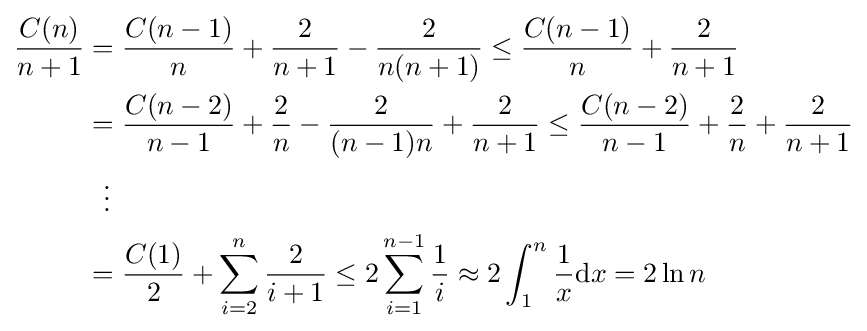
{\begin{aligned}{\frac {C(n)}{n+1}}&={\frac {C(n-1)}{n}}+{\frac {2}{n+1}}-{\frac {2}{n(n+1)}}\leq {\frac {C(n-1)}{n}}+{\frac {2}{n+1}}\\&={\frac {C(n-2)}{n-1}}+{\frac {2}{n}}-{\frac {2}{(n-1)n}}+{\frac {2}{n+1}}\leq {\frac {C(n-2)}{n-1}}+{\frac {2}{n}}+{\frac {2}{n+1}}\\&\ \ \vdots \\&={\frac {C(1)}{2}}+\sum _{i=2}^{n}{\frac {2}{i+1}}\leq 2\sum _{i=1}^{n-1}{\frac {1}{i}}\approx 2\int _{1}^{n}{\frac {1}{x}}\mathrm {d} x=2\ln n\end{aligned}}